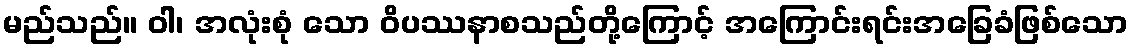
မည်သည်။ ဝါ၊ အလုံးစုံ သော ဝိပဿနာစသည်တို့ကြောင့် အကြောင်းရင်းအခြေခံဖြစ်သော